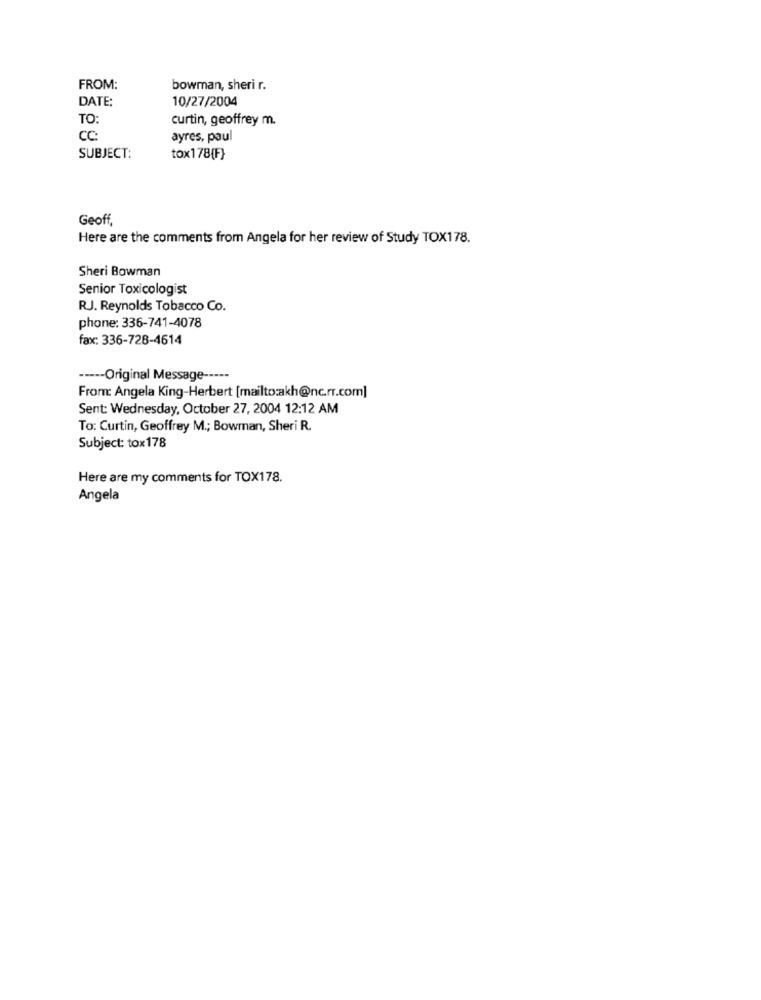
FROM:
bowman, sheri r.
DATE:
10/27/2004
TO:
curtin, geoffrey m.
CC:
ayres, paul
SUBJECT:
tox178{F}
Geoff,
Here are the comments from Angela for her review of Study TOX178.
Sheri Bowman
Senior Toxicologist
RJ. Reynolds Tobacco Co.
phone: 336-741-4078
fax: 336-728-4614
----- Original Message -----
From: Angela King-Herbert [mailto:akh@nc.rr.com]
Sent: Wednesday, October 27, 2004 12:12 AM
To: Curtin, Geoffrey M .; Bowman, Sheri R.
Subject: tox178
Here are my comments for TOX178.
Angela